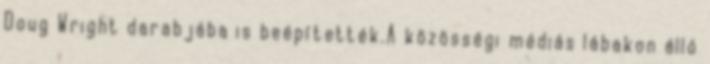
Doug Wright darabjába is beépítették.A közösségi médiás lábakon álló